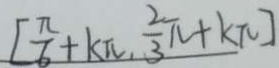
[ \frac { \pi } { 6 } + k \pi , \frac { 2 } { 3 } \pi + k \pi ]